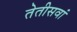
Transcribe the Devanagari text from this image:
तेतीसवां